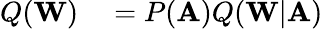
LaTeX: \begin{array}{rl}{Q(\mathbf{W})}&{{}=P(\mathbf{A})Q(\mathbf{W}|\mathbf{A})}\end{array}